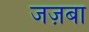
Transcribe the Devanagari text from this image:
जज़बा